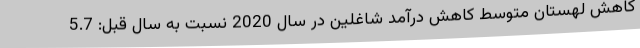
کاهش لهستان متوسط کاهش درآمد شاغلین در سال 2020 نسبت به سال قبل: 5.7